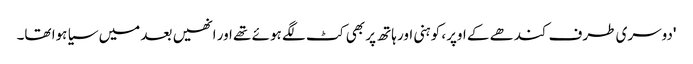
'دوسری طرف کندھے کے اوپر، کوہنی اور ہاتھ پر بھی کٹ لگے ہوئے تھے اور انھیں بعد میں سیا ہوا تھا۔